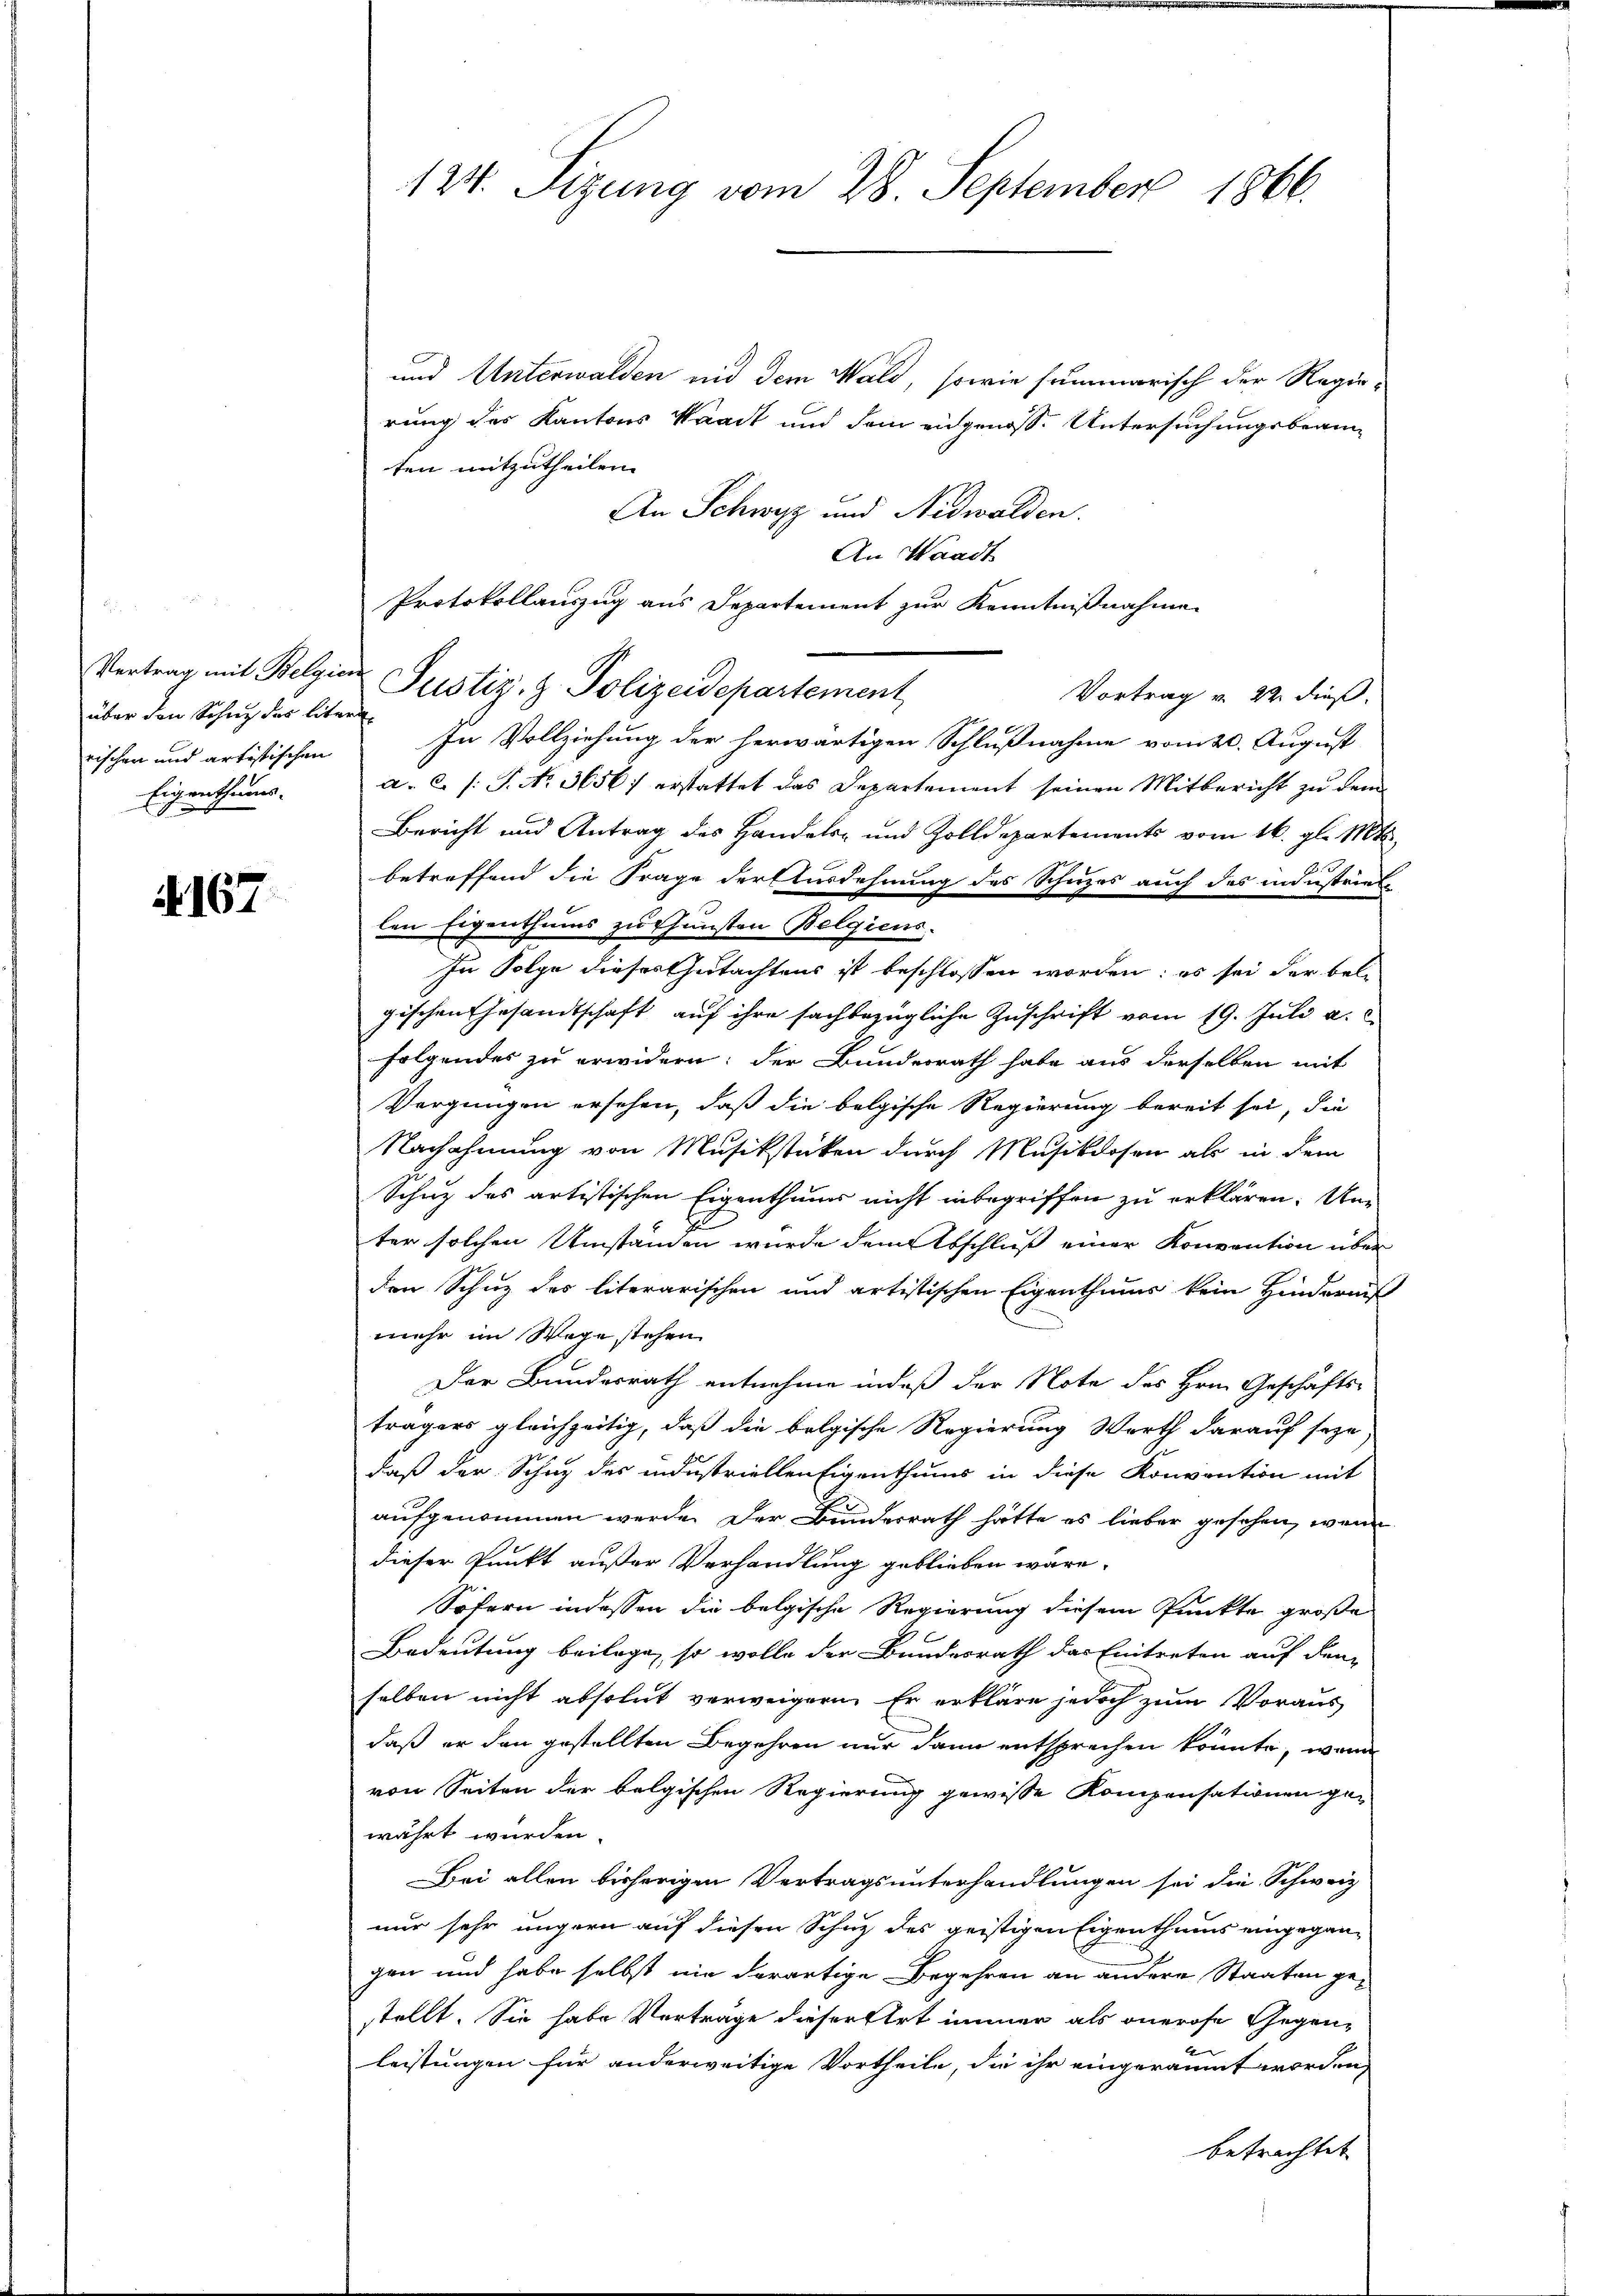
über den Schne des liter
rischen und artistischen
Eigenthums-

4167

124. Sizung vom 28. September 1866.

und Unterwalden und dem Wald, sowie summarisch der Regierung des Kantons Waadt und dem eidgenoss. Untersuchungsbeam-
ten mitzutheilen.
An Schwyz und Nidwalden.
An Waadt
Protokollauszug aus Departement zur Kenntnißnahme
Vertrag mit Belgie Justiz- & Polizeidepartement
Vortrag v. 22. dieß.
In Vollziehung der herwärtigen Schlußnahme vom 20. August
a. c. s. S. Nr. 3656 erstattet das Departement seinen Mitbericht zu dem
Bericht und Antrag des Handels- und Zolldepartements vom 16. gl. Mt
betreffend die Frage der Ausdehnung des Schuzes auch des industriel
len Eigenthums zu thunsten Belgiens.
In Folge dieses Gutachtens ist beschlossen worden; es sei der bel
gischen Gesandtschaft auf ihre sachbezügliche Zuschrift vom 19. Juli a.
folgendes zu erwidern: der Bundesrath habe aus derselben mit
Vergnügen ersehen, daß die belgische Regierung bereit sei, die
Nachahmung von Musikstücken durch Musikdosen als in dem
Schuz des artistischen Eigenthums nicht inbegriffen zu erklären. Un
ter solchen Umständen wurde dem Abschluß einer Konvention über
den Schuz des literarischen und artistischen Eigenthums kein Hinderniß
mehr im Wege stehen.
Der Bundesrath entnehme indeß der Note des Hrn. Geschäfts-
trägers gleichzeitig, daß die bolgische Regierung Worth darauf seye
daß der Schuz des industriellen Eigenthums in diese Konvention mit
aufgenommen werde. Der Bundesrath hätte es lieber gesehen, wenn
dieser Punkt außer Verhandlung geblieben wäre.
Sofern in dessen die belgische Regierung diesem Punkte große
Bedeutung beilage, so wolle der Bundesrath das Eintreten auf den
selben nicht absolut verweigern. Er erkläre jedoch zum Voraus
daß er den gestellten Begehren nur dann entsprechen könnte, wenn
von Seiten der belgischen Regierung gewisse Kompensationen ge-
währt wurden.
Bei allen bisherigen Vertragsunterhandlungen sei die Schweiz
nur sehr ungern auf diesen Schutz des geistigen Eigenthums eingegangen und habe selbst nie derartige Begehren an andere Staaten gestellt. Sie habe Vertrage dieser Art immer als onerose Gegen¬
2
leistungen für anderweitige Vortheile, die ihr eingeräumt worden,
betrachtet